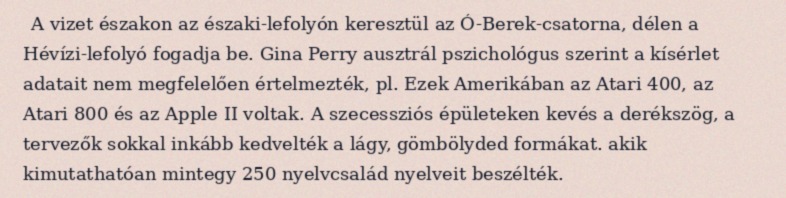
A vizet északon az északi-lefolyón keresztül az Ó-Berek-csatorna, délen a Hévízi-lefolyó fogadja be. Gina Perry ausztrál pszichológus szerint a kísérlet adatait nem megfelelően értelmezték, pl. Ezek Amerikában az Atari 400, az Atari 800 és az Apple II voltak. A szecessziós épületeken kevés a derékszög, a tervezők sokkal inkább kedvelték a lágy, gömbölyded formákat. akik kimutathatóan mintegy 250 nyelvcsalád nyelveit beszélték.